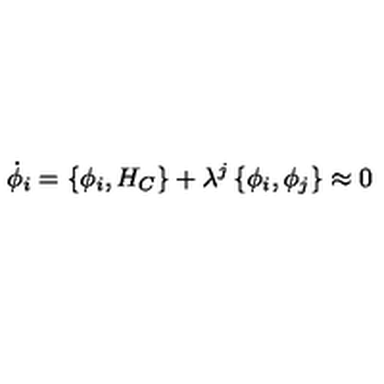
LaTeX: \dot { \phi } _ { i } = \left\{ \phi _ { i } , H _ { C } \right\} + \lambda ^ { j } \left\{ \phi _ { i } , \phi _ { j } \right\} \approx 0